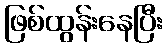
ဖြစ်ထွန်းနေပြီး